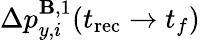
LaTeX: \Delta p_{y,i}^{\mathbf{B},1}(t_{\mathrm{rec}}\to t_{f})